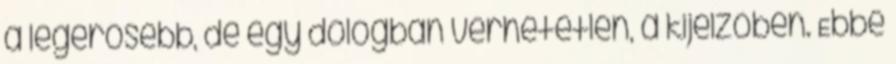
a legerősebb, de egy dologban verhetetlen, a kijelzőben. Ebbe